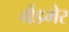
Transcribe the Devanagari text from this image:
ग्रैंडमेर